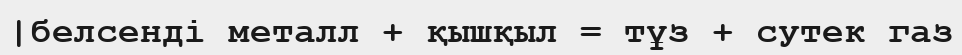
|белсенді металл + қышқыл = тұз + сутек газ